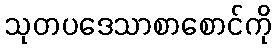
သုတပဒေသာစာစောင်ကို